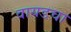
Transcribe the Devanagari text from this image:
वायडचा